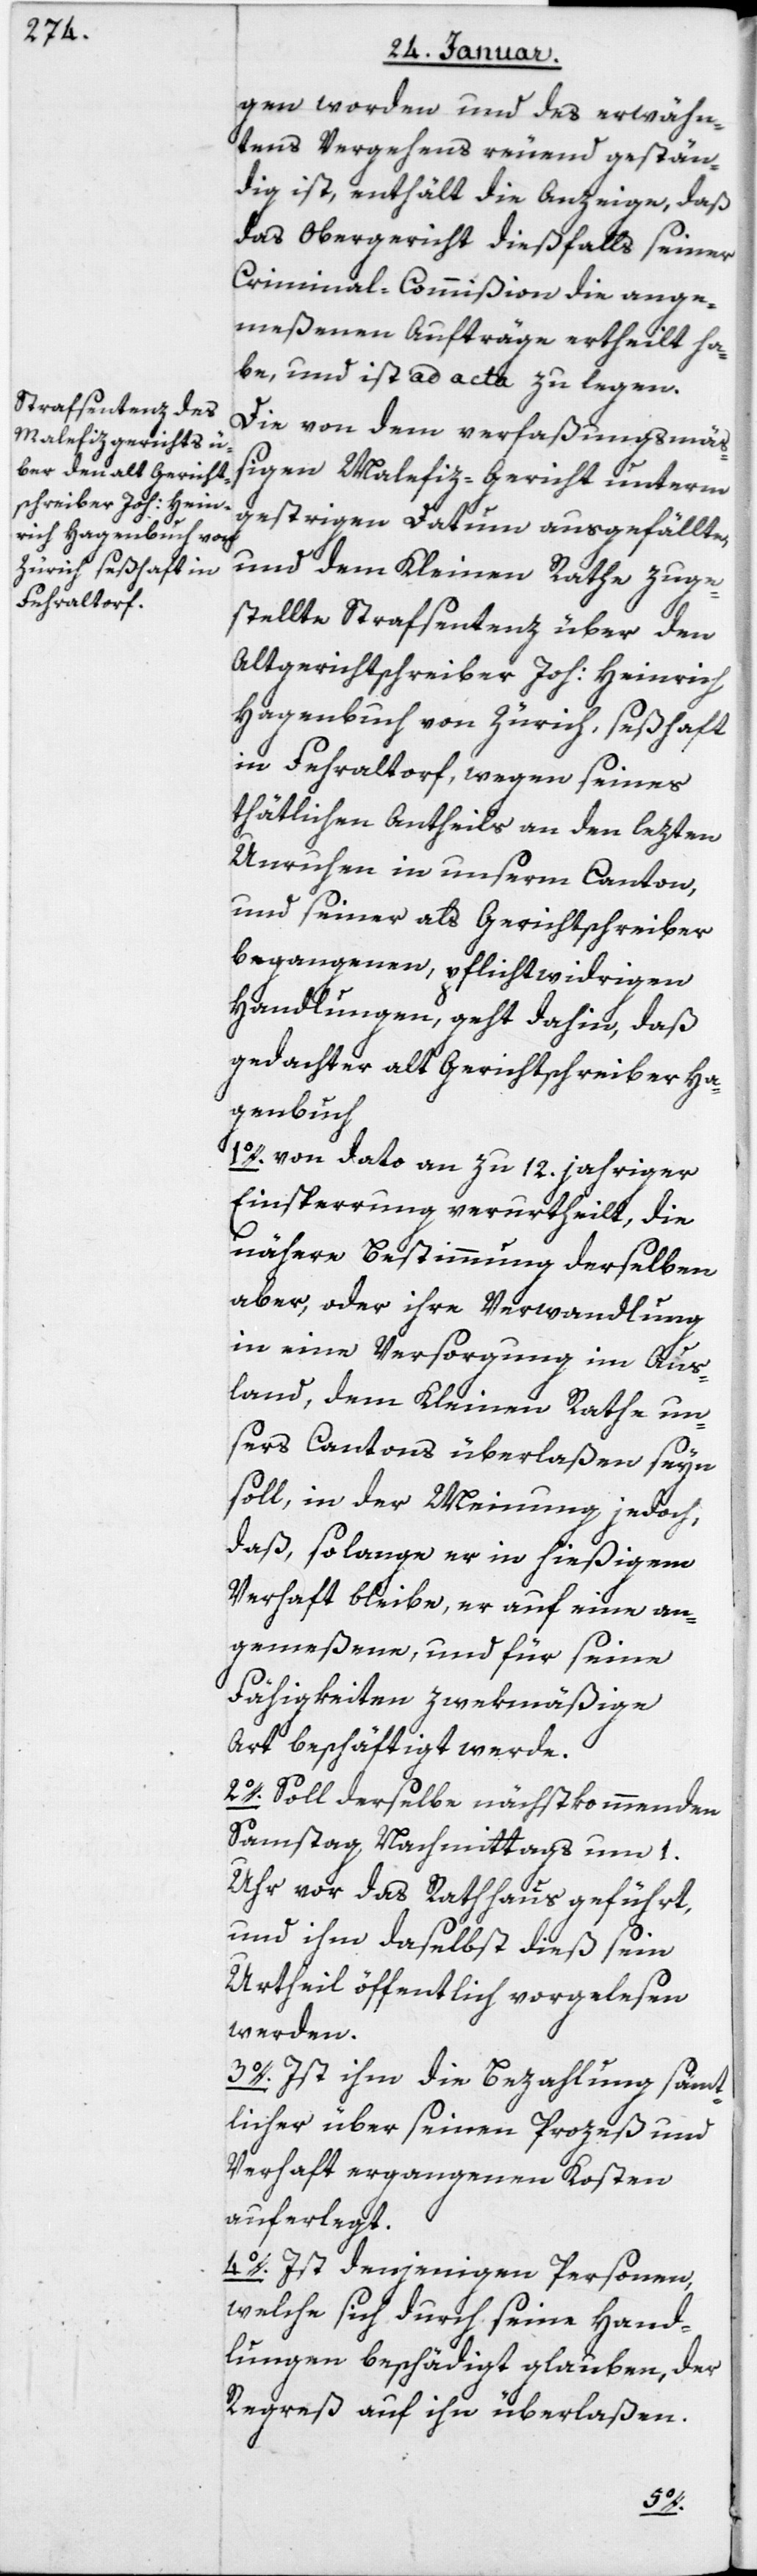
gen worden und des erwähn¬
tens Vergehens reuend gestän¬
dig ist, enthält die Anzeige, daß
das Obergericht dießfalls seiner
Criminal-Commißion die ange¬
meßenen Aufträge ertheilt ha¬
be, und ist ad acta zu legen.
Die von dem verfaßungsmäß¬
igen Malefizgericht unterm
gestrigen Datum ausgefällte,
und dem Kleinen Rathe zuge¬
stellte Strafsentenz über den
Altgerichtschreiber Joh. Heinrich
Hagenbuch von Zürich, seßhaft
in Fehraltorf, wegen seines
thätlichen Antheils an den lezten
Unruhen in unserm Canton,
und seiner als Gerichtschreiber
begangenen, pflichtwidrigen
Handlungen, geht dahin, daß
gedachter alt Gerichtschreiber Ha¬
genbuch
1. von dato an zu 12 jahriger
Einsperrung verurtheilt, die
nähere Bestimmung derselben
aber, oder ihre Verwandlung
in eine Versorgung im Aus¬
land, dem Kleinen Rathe un¬
sers Cantons überlaßen seyn
soll, in der Meynung jedoch,
daß, solange er in hießigem
Verhaft bleibe, er auf eine an¬
gemeßene und für seine
Fähigkeiten zwekmäßige
Art beschäftigt werde.
2. Soll derselbe nächstkommenden
Samstag, nachmittags um 1
Uhr vor das Rathhaus geführt,
und ihm daselbst dieß sein
Urtheil öffentlich vorgelesen
werden.
3. Ist ihm die Bezahlung sämt¬
licher über seinen Prozeß und
Verhaft ergangenen Kosten
auferlegt.
4. Ist denjenigen Personen,
welche sich durch seine Hand¬
lungen beschädigt glauben, der
Regreß auf ihn überlaßen.